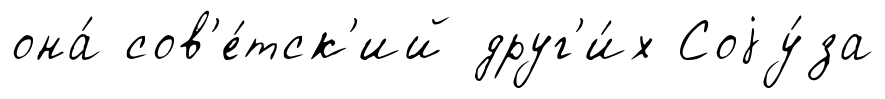
она́ сов'е́тск'ий друг'и́х Соjу́за